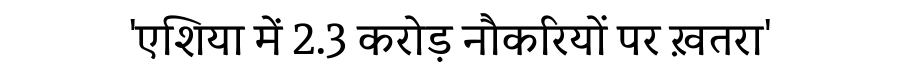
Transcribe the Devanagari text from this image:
'एशिया में 2.3 करोड़ नौकरियों पर ख़तरा'